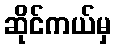
ဆိုင်ကယ်မှ